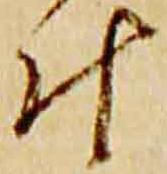
叶